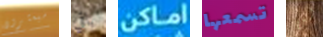
سيعثرون باقي اماكن تسمعها لن